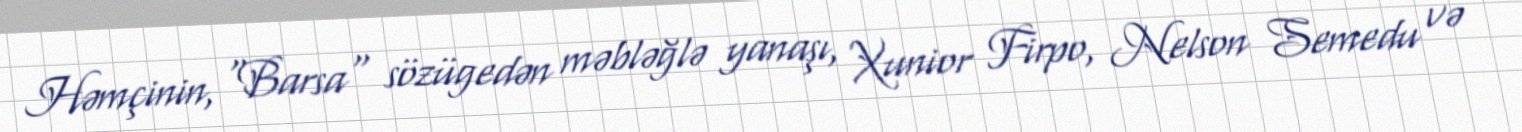
Həmçinin, "Barsa" sözügedən məbləğlə yanaşı, Xunior Firpo, Nelson Semedu və